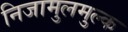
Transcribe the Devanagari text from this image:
निजामुलमुल्क